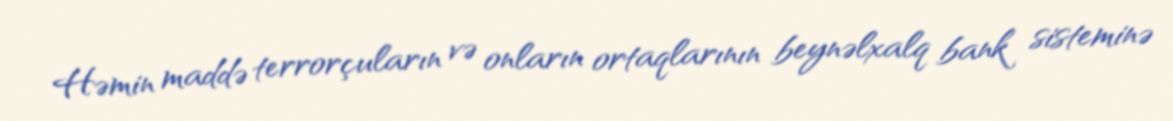
Həmin maddə terrorçuların və onların ortaqlarının beynəlxalq bank sisteminə